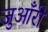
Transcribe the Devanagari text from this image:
जुआँरी